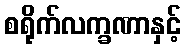
စရိုက်လက္ခဏာနှင့်